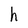
Character: h